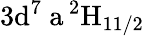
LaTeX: \mathrm{3d^{7}\ a\, ^{2}H_{11/2}}